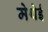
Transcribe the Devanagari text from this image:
मेथेई